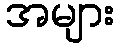
အများ